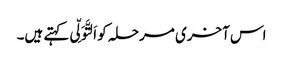
اس آخری مرحلہ کو اَلتَّوَلِّی کہتے ہیں۔